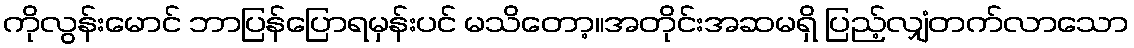
ကိုလွန်းမောင် ဘာပြန်ပြောရမှန်းပင် မသိတော့။အတိုင်းအဆမရှိ ပြည့်လျှံတက်လာသော